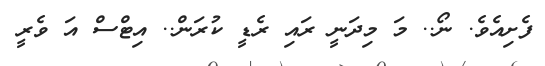
ފެށިއެވެ. ނޯ.. މަ މިދަނީ ރައި ރެޑީ ކުރަން.. އިޓްސް އަ ވެރީ